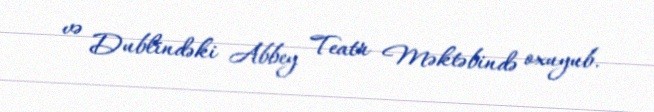
və Dublindəki Abbey Teatr Məktəbində oxuyub.